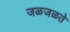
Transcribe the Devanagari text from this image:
जळजळते